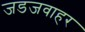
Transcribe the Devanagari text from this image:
जडजवाहर